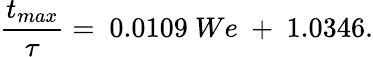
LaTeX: \frac{{t}_{max}}{\tau}=\ 0.0109\ We\ +\ 1.0346.